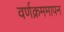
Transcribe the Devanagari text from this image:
वर्णक्रममापन